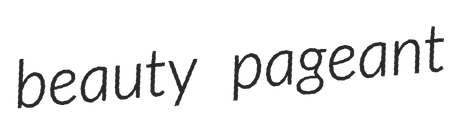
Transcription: beauty pageant